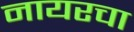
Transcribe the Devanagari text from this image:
नायरचा